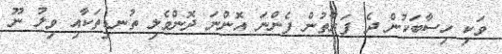
ވަކި ހިސާބަކުން ދެ ފަރާތުން ފެންނަ އޮންނަ ދޮންވެލި ތުނޑިތަކާއި ވިލު ނޫ